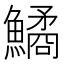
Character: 鱊